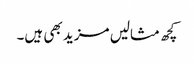
کچھ مثالیں مزید بھی ہیں۔